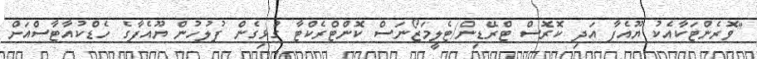
"ވޮރެންޓަކާއެކު ޔޫއެފާ އަދި ކޮރޮސް ޓްރޭޑިން/ޓެލީމަޒޯނަސް ކޮންޓްރެކްޓާ ގުޅިގެން ފުލުހުން ޔޫއެފާގެ ހެޑްކުއާޓާސްއަށް